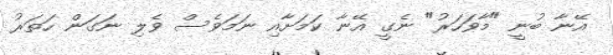
އޭނާ ބުނީ "މާވަހަރު" ނެގީ އޭނާ ކަމަށާއި ނަމަވެސް ވެލި ނަގަން ހަތަރު